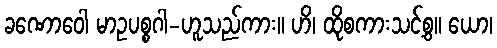
ခဏောဝေါ မာဥပစ္စဂါ-ဟူသည်ကား။ ဟိ၊ ထိုစကားသင့်စွ။ ယော၊